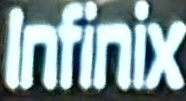
Infinix